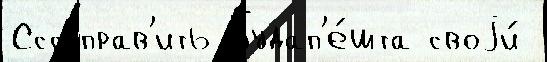
Сссрправ'ить Будап'е́шта своjи́